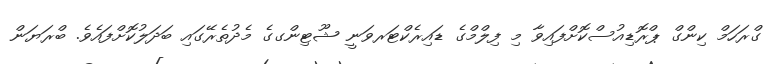
ގްރަހަމް ކިންގް ޕްރޮޑިއުސްކޮށްފައިވާ މި ފިލްމްގެ ޑައިރެކްޓަރވަނީ ޝޫޓިންގގެ މެދުތެރޭގައި ބަދަލުކޮށްފައެވެ. ބްރަޔަން